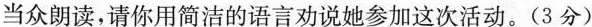
当众朗读，请你用简洁的语言劝说她参加这次活动。(3分)